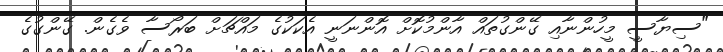
"ސިޔާސީ މީހުންނާއި ގޭންގުތައް އާންމުކޮށް އޮންނަނީ އެކަކުގެ މައްޗަށް ބަރޯސާ ވެގެން. ގޭންގުގެ